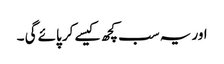
اور یہ سب کچھ کیسے کر پائے گی ۔